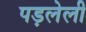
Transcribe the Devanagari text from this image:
पड़लेली